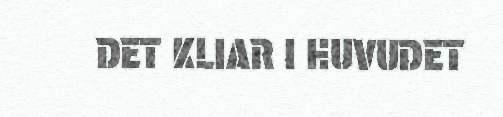
DET KLIAR I HUVUDET